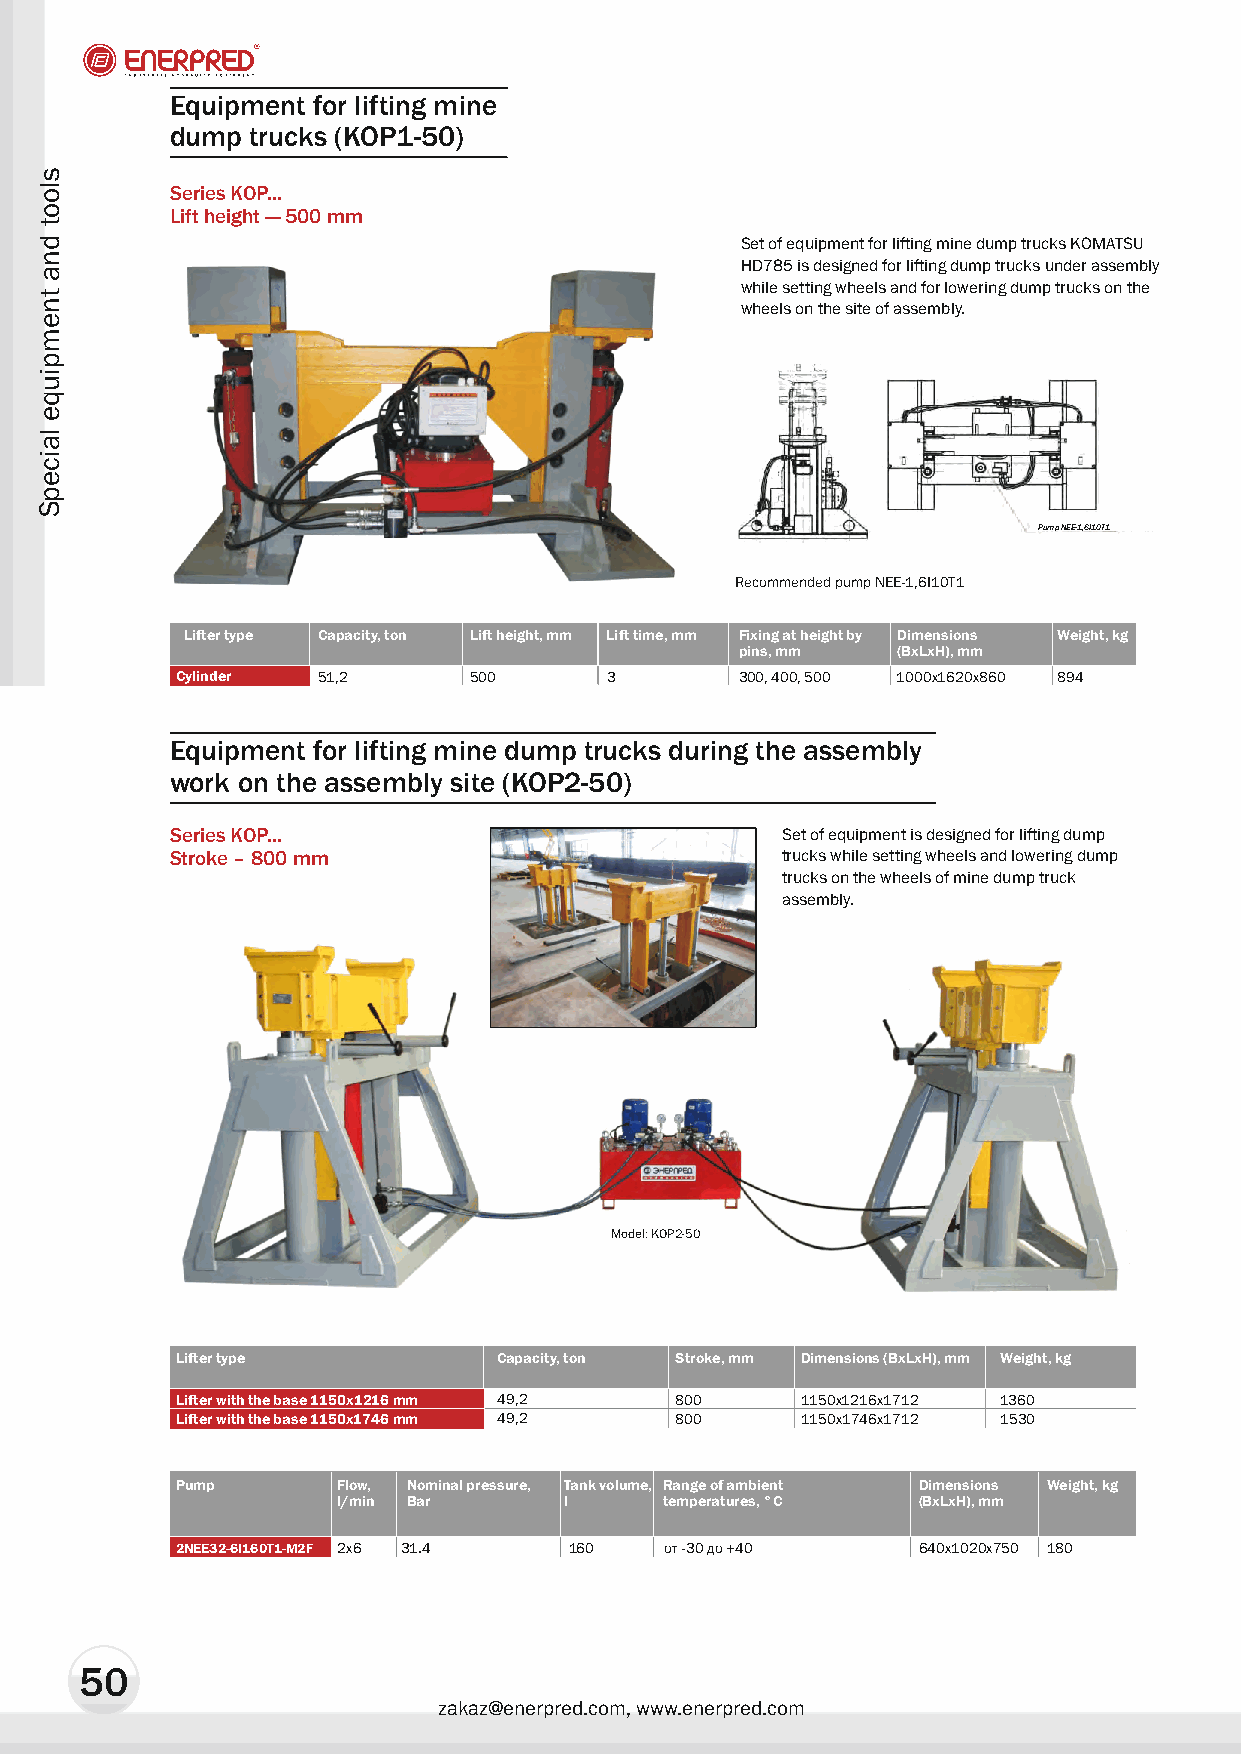
Equipment for lifting mine
 dump  trucks (KOP1-50)
 Series KOP...
 Lift height — 500 mm
 Set of equipment for lifting mine dump trucks KOMATSU
 HD785 is designed for lifting dump trucks under assembly
 while setting wheels and for lowering dump trucks on the
 wheels on the site of assembly.
 Pump NEE-1,6I10T1
 Recommended pump NEE-1,6I10T1
 Lifter type Capacity, ton Lift height, mm Lift time, mm Fixing at height by Dimensions Weight, kg
 pins, mm  (BxLxH), mm
 Cylinder 51,2      500      3        300, 400, 500 1000x1620x860 894
 Equipment for lifting mine dump trucks during the assembly
 work on the assembly site (KOP2-50)
 Series KOP...                            Set of equipment is designed for lifting dump
 Stroke – 800 mm                          trucks while setting wheels and lowering dump
 trucks on the wheels of mine dump truck
 assembly.
 Model: KOP2-50
 Lifter type          Capacity, ton Stroke, mm Dimensions (BxLxH), mm Weight, kg
 Lifter with the base 1150x1216 mm 49,2 800 1150x1216x1712 1360
 Lifter with the base 1150x1746 mm 49,2 800 1150x1746x1712 1530
 Pump      Flow, Nominal pressure, Tank volume, Range of ambient Dimensions Weight, kg
 l/min Bar      l      temperatures, °C (BxLxH), mm
 2NEE32-6I160T1-M2F 2x6 31.4 160 îò -30 äî +40    640x1020x750 180
 50
 zakaz@enerpred.com, www.enerpred.com
 sloot
 dna
 tnempiuqe
 laicepS